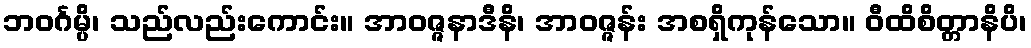
ဘဝင်္ဂမ္ပိ၊ သည်လည်းကောင်း။ အာဝဇ္ဇနာဒီနိ၊ အာဝဇ္ဇန်း အစရှိကုန်သော။ ဝီထိစိတ္တာနိပိ၊